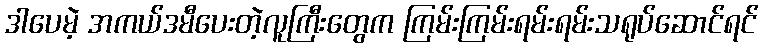
ဒါပေမဲ့ အကယ်ဒမီပေးတဲ့လူကြီးတွေက ကြမ်းကြမ်းရမ်းရမ်းသရုပ်ဆောင်ရင်